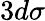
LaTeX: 3d\sigma